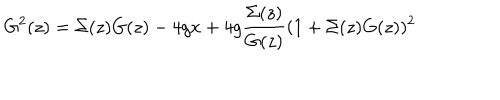
G ^ { 2 } ( z ) = \Sigma ( z ) G ( z ) - 4 g x + 4 g { \frac { \Sigma ( z ) } { G ( z ) } } ( 1 + \Sigma ( z ) G ( z ) ) ^ { 2 }